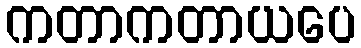
ကတာကတာယပေ